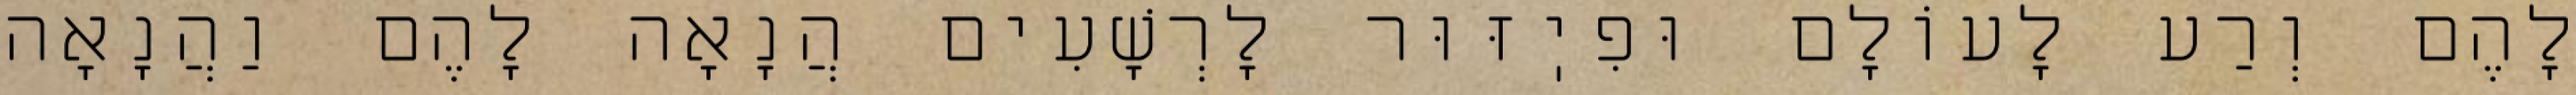
לָהֶם וְרַע לָעוֹלָם וּפִיֽזּוּר לָרְשָׁעִים הֲנָאָה לָהֶם וַהֲנָאָה